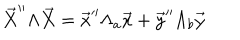
\vec { X } ^ { \prime \prime } \Lambda \vec { X } = \vec { x } ^ { \prime \prime } \Lambda _ { a } \vec { x } + \vec { y } ^ { \prime \prime } \Lambda _ { b } \vec { y }